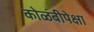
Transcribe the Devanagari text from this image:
कोळंबीपेक्षा